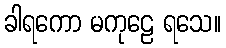
ခါရကော မကုဠေ ရသေ။